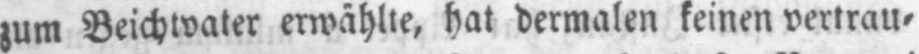
zum Beichtvater erwählte, hat dermalen keinen vertrau⸗